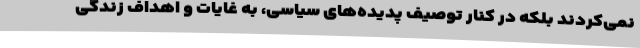
نمی‌کردند بلکه در کنار توصیف پدیده‌های سیاسی، به غایات و اهداف زندگی